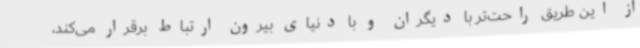
از این طریق راحت‌تر با دیگران و با دنیای بیرون ارتباط برقرار می‌کند،